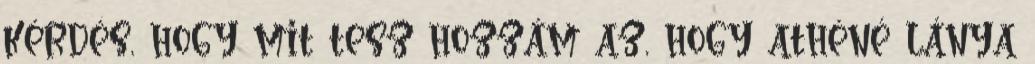
kérdés, hogy mit tesz hozzám az, hogy athéné lánya